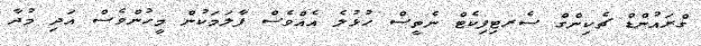
ގްރައުންޑް ޗެކިންގް ސެރޓިފިކެޓް ނެތީސް ހުޅުލެ އެއްވެސް ފާލަމަކުން މީހުންވެސް އަދި މުދާ